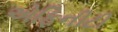
એફિનીટી